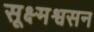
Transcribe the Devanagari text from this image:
सूक्ष्मश्वसन